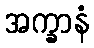
အက္ခာနံ